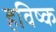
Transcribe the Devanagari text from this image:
हविष्क